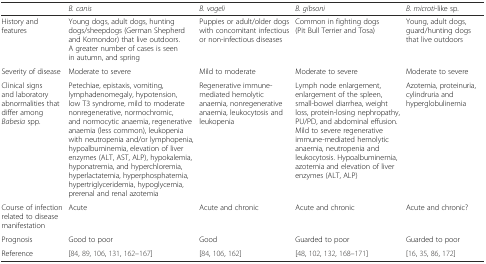
|  | B. canis | B. vogeli | B. gibsoni | B. microti-like sp. |
 | --- | --- | --- | --- | --- |
 | History and features | Young dogs, adult dogs, hunting dogs/sheepdogs (German Shepherd and Komondor) that live outdoors. A greater number of cases is seen in autumn, and spring | Puppies or adult/older dogs with concomitant infectious or non-infectious diseases | Common in fighting dogs (Pit Bull Terrier and Tosa) | Young, adult dogs, guard/hunting dogs that live outdoors |
 | Severity of disease | Moderate to severe | Mild to moderate | Moderate to severe | Moderate to severe |
 | Clinical signs and laboratory abnormalities that differ among Babesia spp. | Petechiae, epistaxis, vomiting, lymphadenomegaly, hypotension, low T3 syndrome, mild to moderate nonregenerative, normochromic, and normocytic anaemia, regenerative anaemia (less common), leukopenia with neutropenia and/or lymphopenia, hypoalbuminemia, elevation of liver enzymes (ALT, AST, ALP), hypokalemia, hyponatremia, and hyperchloremia, hyperlactatemia, hyperphosphatemia, hypertriglyceridemia, hypoglycemia, prerenal and renal azotemia | Regenerative immune-mediated hemolytic anaemia, nonregenerative anaemia, leukocytosis and leukopenia | Lymph node enlargement, enlargement of the spleen, small-bowel diarrhea, weight loss, protein-losing nephropathy, PU/PD, and abdominal effusion. Mild to severe regenerative immune-mediated hemolytic anaemia, neutropenia and leukocytosis. Hypoalbuminemia, azotemia and elevation of liver enzymes (ALT, ALP) | Azotemia, proteinuria, cylindruria and hyperglobulinemia |
 | Course of infection related to disease manifestation | Acute | Acute and chronic | Acute and chronic | Acute and chronic? |
 | Prognosis | Good to poor | Good | Guarded to poor | Guarded to poor |
 | Reference | [84, 89, 106, 131, 162–167] | [84, 106, 162] | [48, 102, 132, 168–171] | [16, 35, 86, 172] |